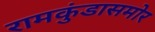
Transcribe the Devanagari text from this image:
रामकुंडासमोर